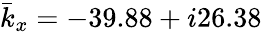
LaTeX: {\bar{k}}_{x}=-39.88+i26.38